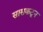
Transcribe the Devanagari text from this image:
सासकटून